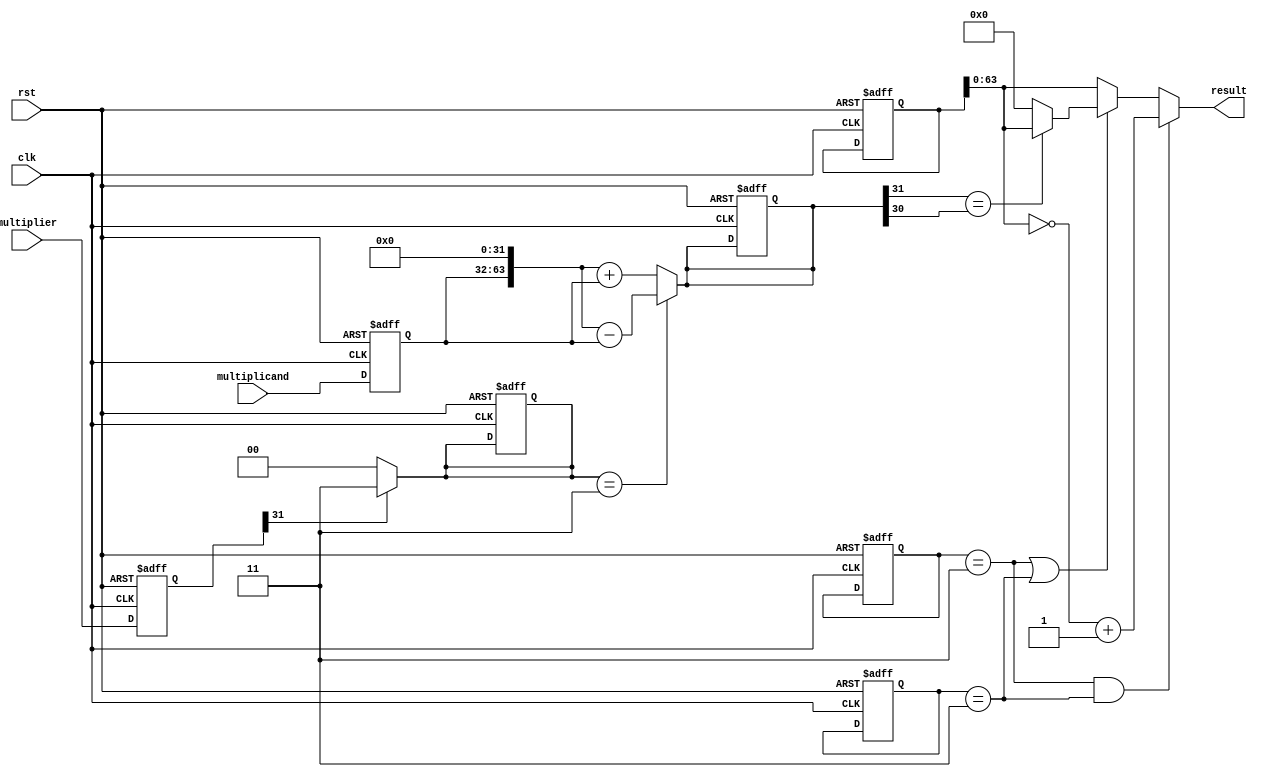
module booth_multiplier (
    input wire clk,
    input wire rst,
    input wire [31:0] multiplicand,
    input wire [31:0] multiplier,
    output reg [63:0] result
);

reg [31:0] multiplier_reg;
reg [31:0] multiplicand_reg;
reg [63:0] partial_product;
reg [64:0] result_reg;
reg [1:0] multiplier_sign;
reg [1:0] multiplicand_sign;
reg [1:0] multiplier_extended;
reg [1:0] multiplicand_extended;

// Register inputs
always @(posedge clk or posedge rst) begin
    if (rst) begin
        multiplier_reg <= 32'b0;
        multiplicand_reg <= 32'b0;
        partial_product <= 64'b0;
        result_reg <= 65'b0;
        multiplier_sign <= 2'b00;
        multiplicand_sign <= 2'b00;
        multiplier_extended <= 2'b00;
        multiplicand_extended <= 2'b00;
    end else begin
        multiplier_reg <= multiplier;
        multiplicand_reg <= multiplicand;
    end
end

// Booth encoding
always @(*) begin
    if (multiplier_reg[31] == 0) begin
        multiplier_extended = 2'b00;
    end else begin
        multiplier_extended = 2'b11;
    end
    if (multiplicand_reg[31] == 0) begin
        multiplicand_extended = 2'b00;
    end else begin
        multiplicand_extended = 2'b11;
    end
end

// Partial product generation
always @(*) begin
    partial_product = {multiplicand_reg, 32'b0};
    if (multiplier_extended == 2'b11) begin
        partial_product = partial_product - multiplicand_reg;
    end else begin
        partial_product = partial_product + multiplicand_reg;
    end
end

// Partial product addition
always @(*) begin
    result_reg = {partial_product, multiplier_reg};
end

// Final result calculation
always @(*) begin
    if (multiplier_sign == 2'b11 && multiplicand_sign == 2'b11) begin
        result = ~result_reg + 1;
    end else if (multiplier_sign == 2'b11 || multiplicand_sign == 2'b11) begin
        if (result_reg[63] == result_reg[62]) begin
            result = result_reg[63:0];
        end else begin
            // overflow condition
            result = 64'b0;
        end
    end else begin
        result = result_reg[63:0];
    end
end

endmodule